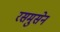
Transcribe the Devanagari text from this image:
रसमुसेन